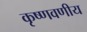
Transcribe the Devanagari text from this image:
कृष्णवणीय